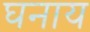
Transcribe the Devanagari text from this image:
घनाय